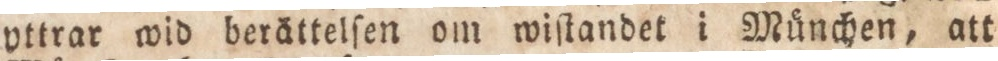
yttrar wid berättelſen om wiſtandet i München, att